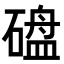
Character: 𪿱